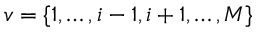
v = \{ 1 , \dotsc , i - 1 , i + 1 , \dotsc , M \}